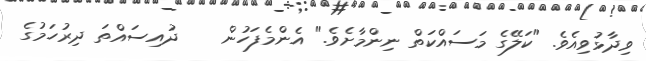
ވިދާޅުވިއެވެ. "ކަލޭގެ މަސައްކަތް ނިންމާށެވެ." އެންމެފަހުން    ދުއިސައްތަ ދިރުހަމުގެ